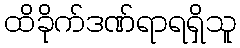
ထိခိုက်ဒဏ်ရာရရှိသူ